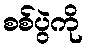
စစ်ပွဲကို